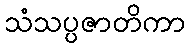
သံသပ္ပဇာတိကာ